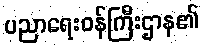
ပညာရေးဝန်ကြီးဌာန၏